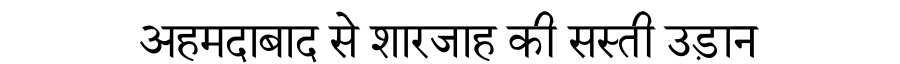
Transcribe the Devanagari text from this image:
अहमदाबाद से शारजाह की सस्ती उड़ान